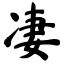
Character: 凄